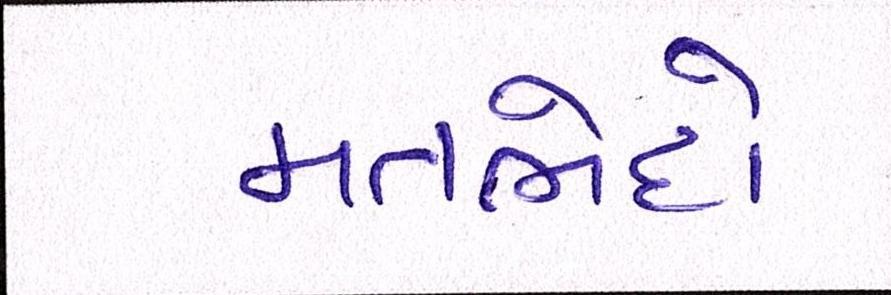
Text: મતભેદો